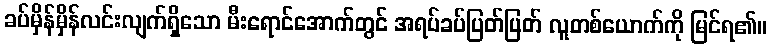
ခပ်မှိန်မှိန်လင်းလျက်ရှိသော မီးရောင်အောက်တွင် အရပ်ခပ်ပြတ်ပြတ် လူတစ်ယောက်ကို မြင်ရ၏။